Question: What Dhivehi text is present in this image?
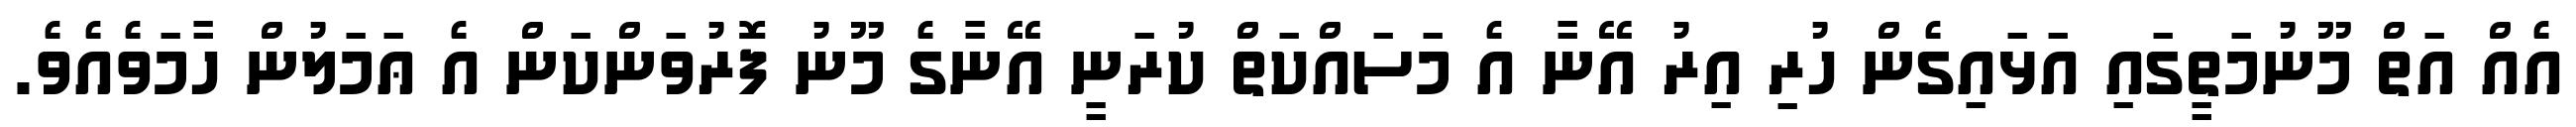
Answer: އެއް އަތް މޫނުމަތީގައި އަޅައިގެން ހުރި އިރު އޭނާ އެ މަސައްކަތް ކުރަނީ އޭނާގެ މޫނު ފޮރުވަންކަން އެ ޢަމަލުން ހާމަވެއެވެ.